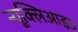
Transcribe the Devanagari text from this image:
न्यूक्लिआइउ